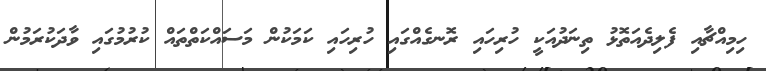
ހިމިއްޗާއި ފެލިދެއަތޮޅު ތިނަދުއަކީ ހުރިހައި ރޮނގެއްގައި ހުރިހައި ކަމަކުން މަސައްކަތްތައް ކުރުމުގައި ވާދަކުރަމުން